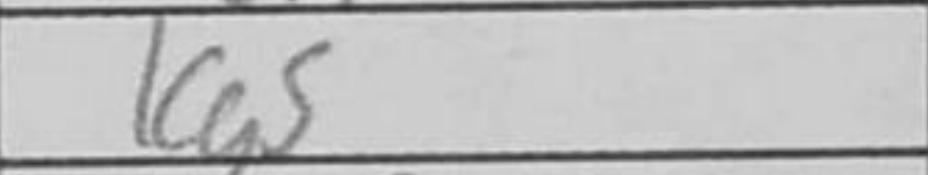
Transcription: bg5